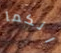
انكما